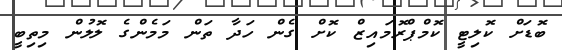
ބޮޑަށް ކޮލިޓީ ކޮމްޕްރޮމައިޒް ކޮށް ގެން ހަދާ ތަން މަމެންގެ ލޮލުން މިތިބީ